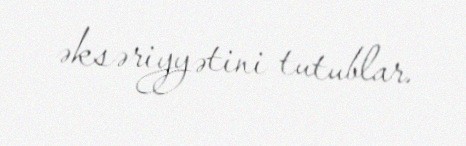
əksəriyyətini tutublar.